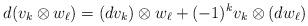
LaTeX: \begin{align*}d(v_k\otimes w_\ell)=(dv_k)\otimes w_\ell+(-1)^kv_k\otimes (dw_\ell)\end{align*}